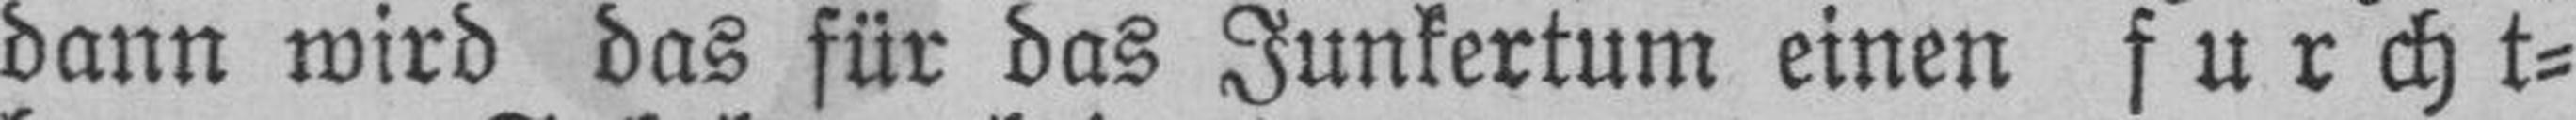
dann wird das für das Junkertum einen furcht¬